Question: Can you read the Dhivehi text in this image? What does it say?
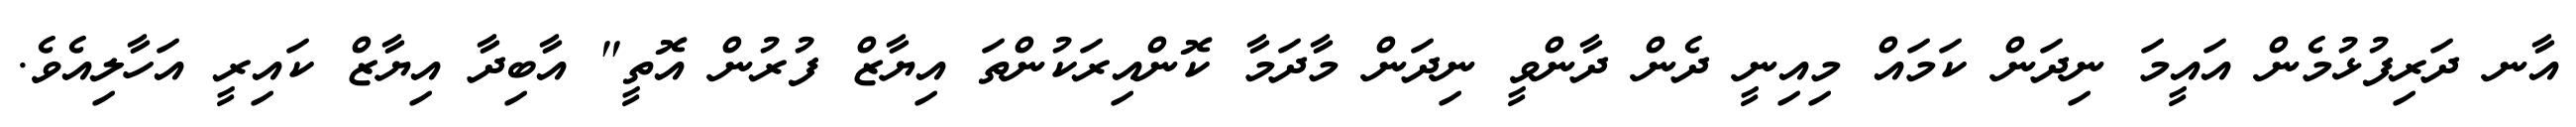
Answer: އާނ ދަރިފުޅުމެން އައީމަ ނިދަން ކަމައް މިއިނީ ދެން ދާންވީ ނިދަން މާދަމާ ކޮންއިރަކުންތަ އިޔާޒް ފުރުން އޮތީ" އާބިދާ އިޔާޒް ކައިރީ އަހާލިއެވެ.